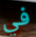
في